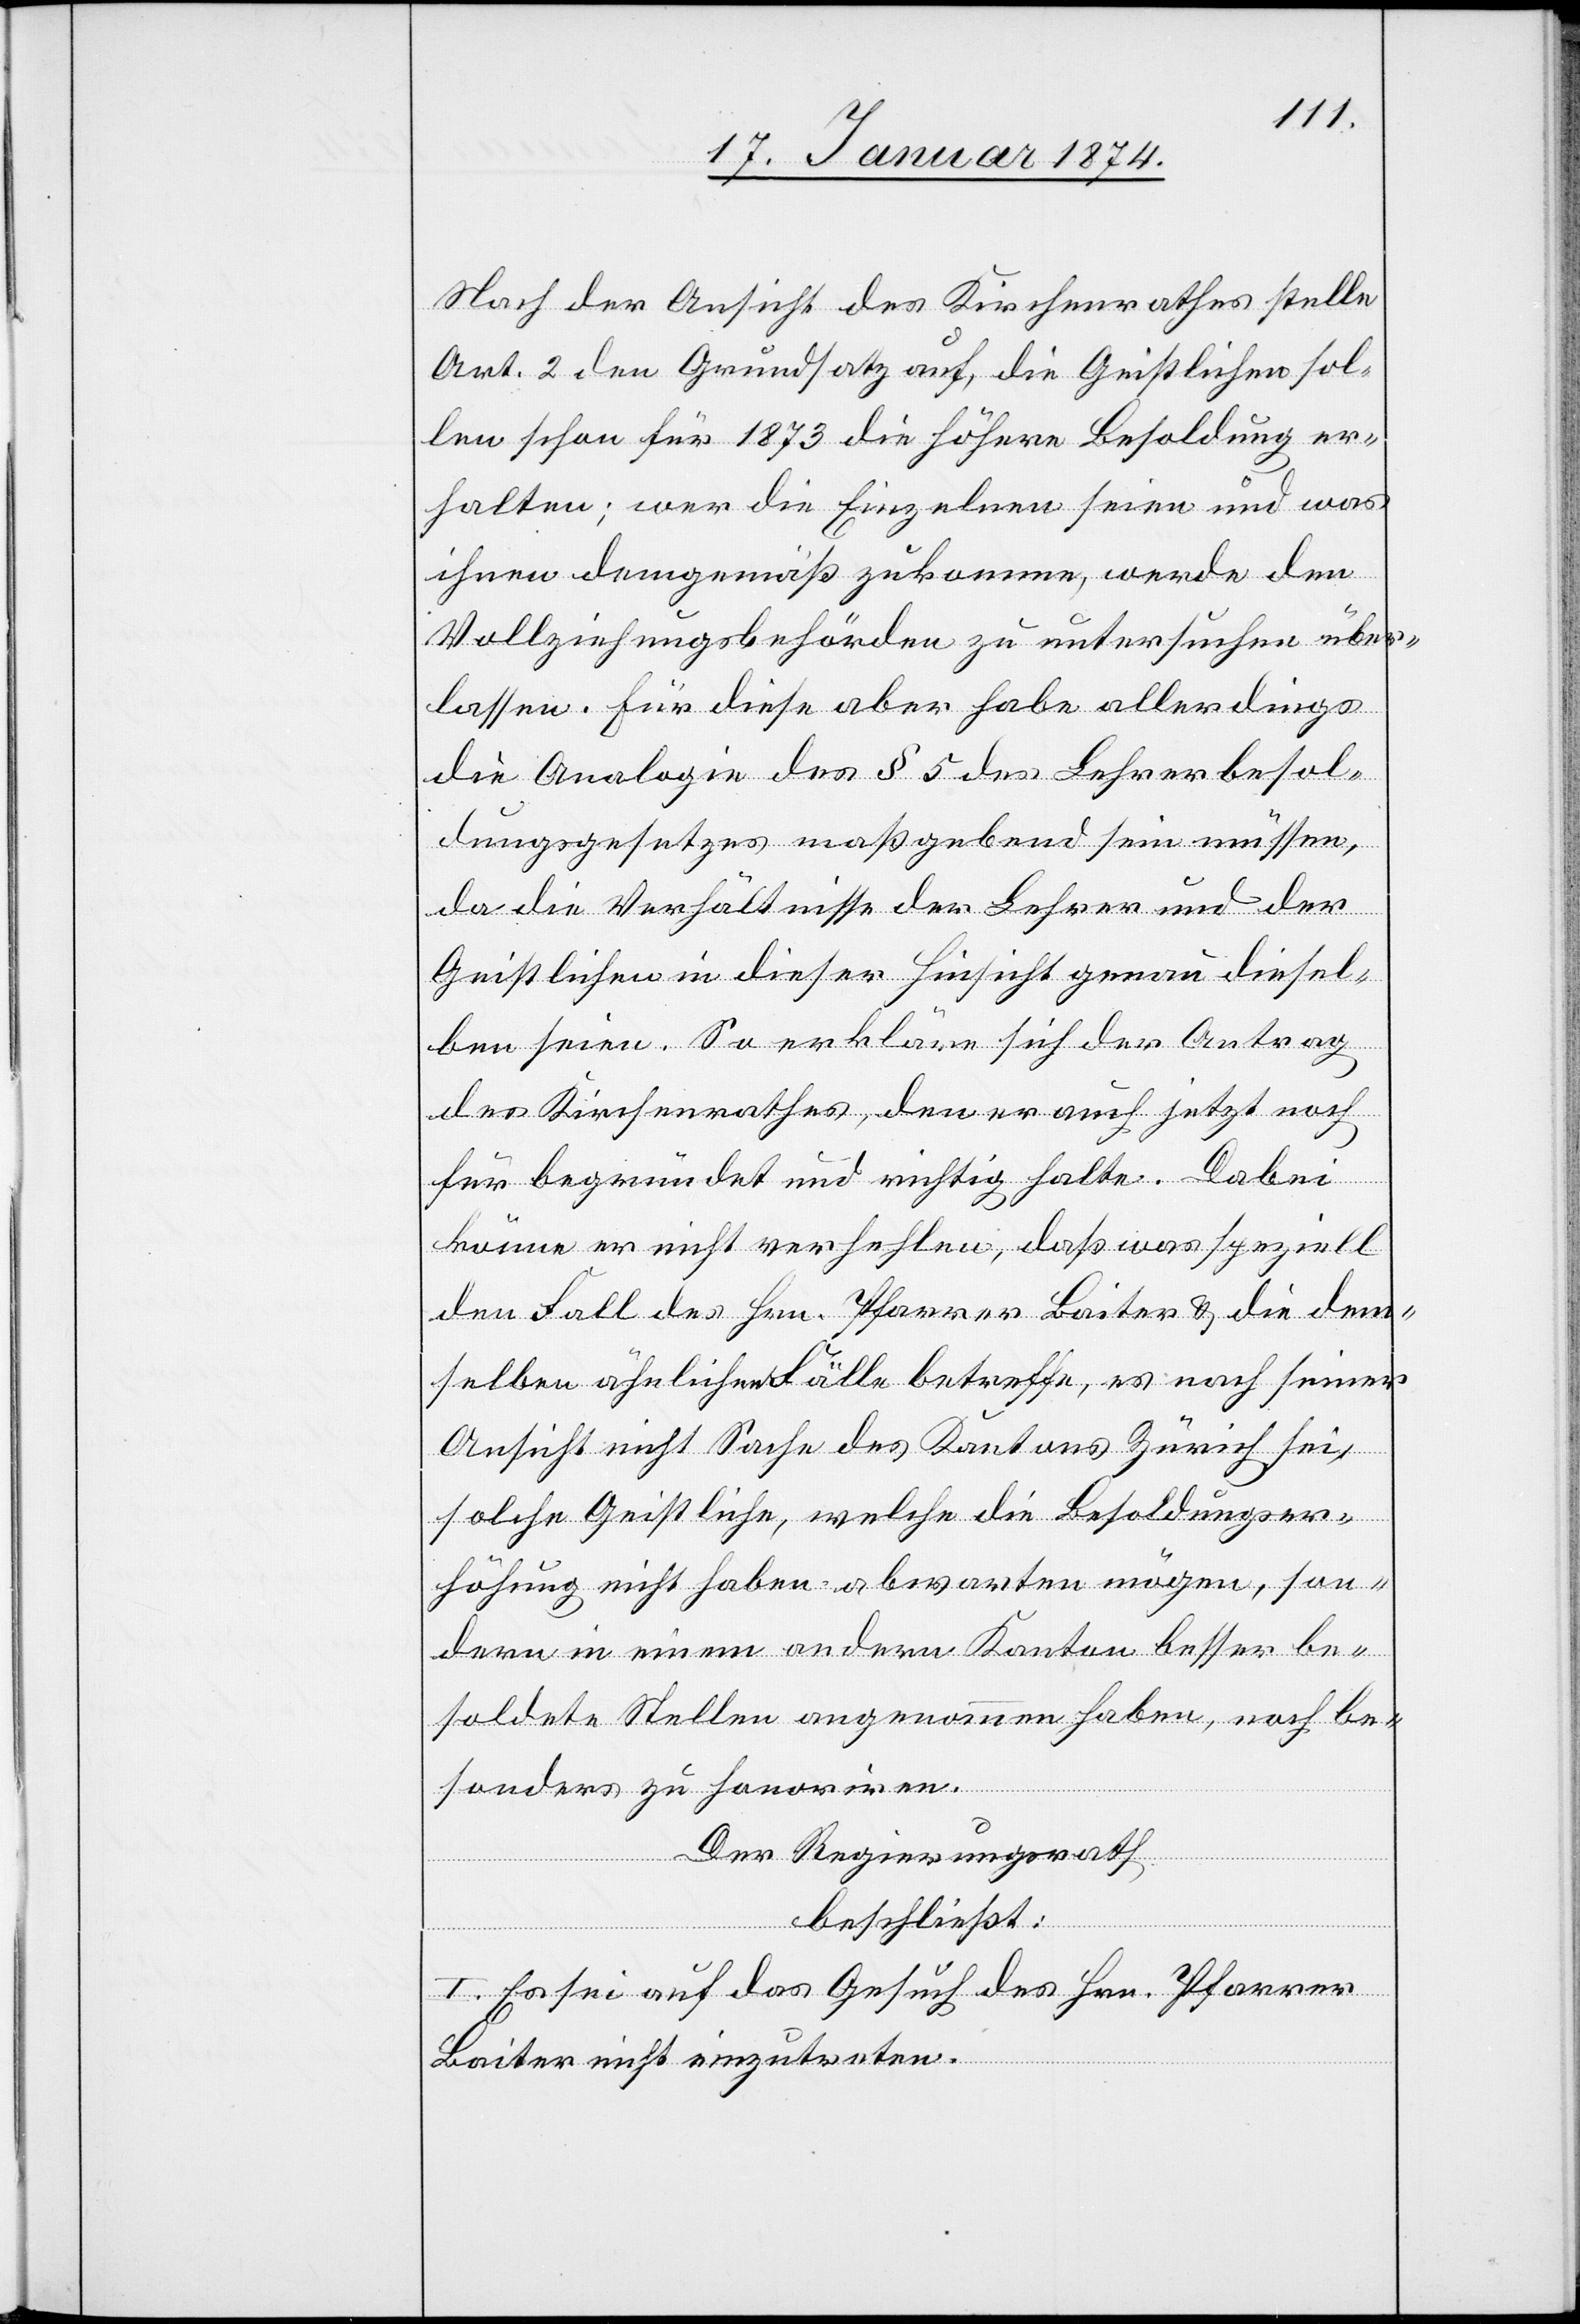
Nach der Ansicht des Kirchenrathes stelle
Art. 2 den Grundsatz auf, die Geistlichen sol¬
len schon für 1873 die höhere Besoldung er¬
halten; wer die Einzelnen seien und was
ihnen demgemäß zukomme, werde den
Vollziehungsbehörden zu untersuchen über¬
lassen. Für diese aber habe allerdings
die Analogie des § 5 des Lehrerbesol¬
dungsgesetzes maßgebend sein müssen,
da die Verhältnisse der Lehrer und der
Geistlichen in dieser Hinsicht genau diesel¬
ben seien. So erkläre sich der Antrag
des Kirchenrathes, den er auch jetzt noch
für begründet und richtig halte. Dabei
könne er nicht verhehlen, daß was speziell
den Fall des Hrn. Pfarrer Baiter & die dem¬
selben ähnlichen Fälle betreffe, es nach seiner
Ansicht nicht Sache des Kantons Zürich sei,
solche Geistliche, welche die Besoldungser¬
höhung nicht haben abwarten mögen, son¬
dern in einem andern Kanton besser be¬
soldete Stellen angenommen haben, noch be¬
sonders zu honoriren.
Der Regierungsrath
beschließt:
I. Es sei auf das Gesuch des Hrn. Pfarrer
Baiter nicht einzutreten.